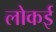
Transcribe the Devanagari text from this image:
लोकई